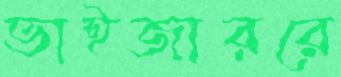
ভাইজাররে